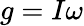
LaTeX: g=I\omega